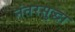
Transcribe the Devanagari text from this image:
नंतरसुद्धा